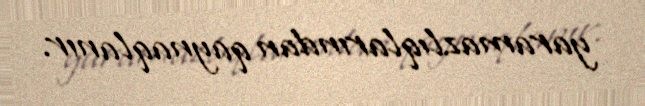
yaramazlıqlarından qaynaqlanır.